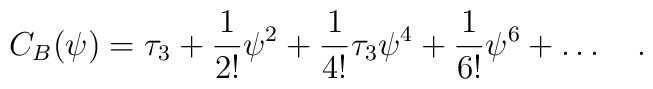
C_B (\psi) = \tau_3 + {1\over 2!}\psi^2 + {1\over 4!} \tau_3 \psi^4 + {1\over6!} \psi^6 +\ldots \quad.